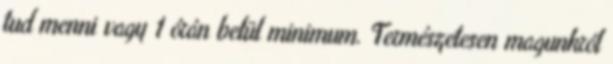
tud menni vagy 1 órán belül minimum. Természetesen magunkról